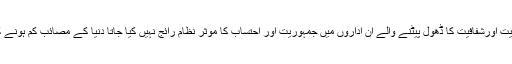
جب تک ساری دنیا میں جمہوریت اورشفافیت کا ڈھول پیٹنے والے ان اداروں میں جمہوریت اور احتساب کا موثر نظام رائج نہیں کیا جاتا دنیا کے مصائب کم ہونے کے بجائے بڑھتے ہی رہینگے۔